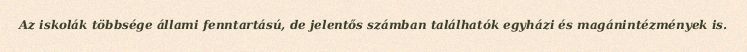
Az iskolák többsége állami fenntartású, de jelentős számban találhatók egyházi és magánintézmények is.